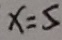
x = 5